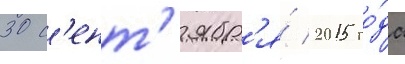
30 с'ент'ябр'я́ 2015 го́да